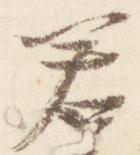
若